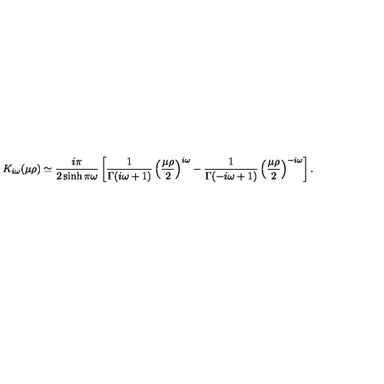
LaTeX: K _ { i \omega } ( \mu \rho ) \simeq { \frac { i \pi } { 2 \sinh \pi \omega } } \left[ { \frac { 1 } { \Gamma ( i \omega + 1 ) } } \left( { \frac { \mu \rho } { 2 } } \right) ^ { i \omega } - { \frac { 1 } { \Gamma ( - i \omega + 1 ) } } \left( { \frac { \mu \rho } { 2 } } \right) ^ { - i \omega } \right] .